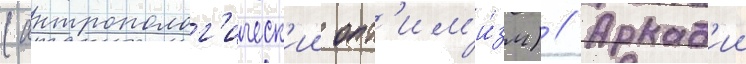
(антрополог'ическ'ии опт'им'и́зм) // Аркад'ии